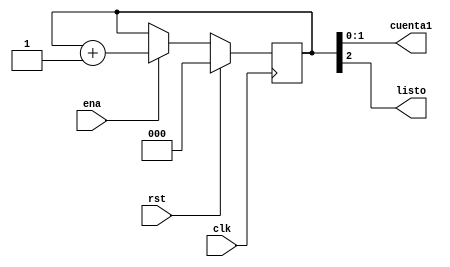
`timescale 1ns / 1ps

module contador3bits(clk,rst,ena,cuenta1,listo);//
input clk,rst,ena;
output wire[1:0]cuenta1; 
output wire listo;
reg [2:0]cuenta;
always @(posedge clk)
	if(rst)
		cuenta=2'b0;
	else if(ena)
		cuenta=cuenta+1'b1;
	else 
		cuenta=cuenta;
		
assign listo=cuenta[2];//muestra cuando se completaron los paquetes
assign cuenta1=cuenta[1:0];//extrae la cuenta para que seleccione el registro
endmodule